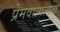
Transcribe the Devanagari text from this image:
प्रेमवात्सल्यता